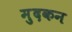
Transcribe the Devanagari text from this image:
मुदकन